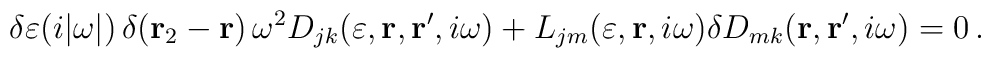
\delta \varepsilon (i |\omega|) \, \delta ({\bf r}_2 - {\bf r}) \,\omega^2 D_{jk} (\varepsilon, {\bf r},{\bf r}^\prime, i \omega) +L_{jm} ( \varepsilon, {\bf r}, i \omega )\delta D_{mk} ({\bf r}, {\bf r}^\prime, i \omega ) = 0 \, .